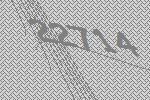
22714